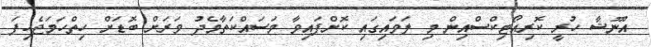
އުނޫޝާ ހުރީ ކޮރިއޯޓިކްސްއިން މި ލަވައިގައި ކޮށްފައިވާ މަސައްކަތާމެދު ވަރަށް ބޮޑަށް ހިތްހަމަޖެހިފަ